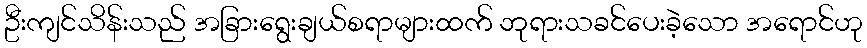
ဦးကျင်သိန်းသည် အခြားရွေးချယ်စရာများထက် ဘုရားသခင်ပေးခဲ့သော အရောင်ဟု